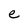
Character: e